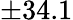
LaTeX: \pm 34.1